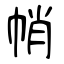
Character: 帩